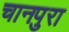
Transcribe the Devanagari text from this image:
चानपुरा